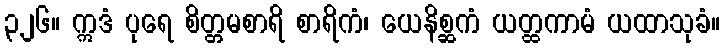
၃၂၆။ ဣဒံ ပုရေ စိတ္တမစာရိ စာရိကံ၊ ယေနိစ္ဆကံ ယတ္ထကာမံ ယထာသုခံ။